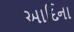
આદિના